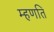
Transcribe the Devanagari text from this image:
म्हणति